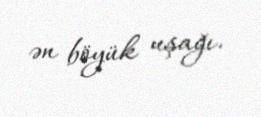
ən böyük uşağı.